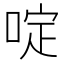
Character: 啶